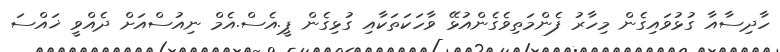
ހާދިސާއާ ގުޅުވައިގެން މިހާރު ފެންމަތިވެގެންއުޅޭ ވާހަކަތަކާއި ގުޅިގެން ޕީ.އެސް.އެމް ނިއުސްއަށް ދެއްވީ ޚައްސަ